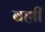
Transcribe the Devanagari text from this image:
बह्मी